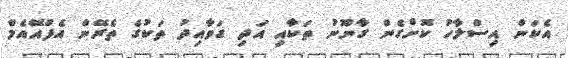
އެކަން އިސްލާހު ކޮށްގެން ގާނޫނު ތަކާއި އަދި ގަވާއިދު ތަކުގެ ތެރޭން އެފްއޭއެމް